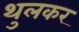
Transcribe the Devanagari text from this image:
थुलकर